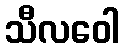
သီလဝေါ